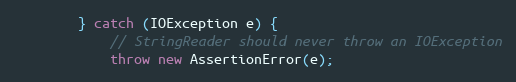
Language: Java
        } catch (IOException e) {
            // StringReader should never throw an IOException
            throw new AssertionError(e);